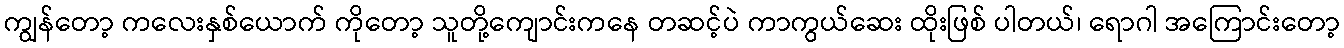
ကျွန်တော့ ကလေးနှစ်ယောက် ကိုတော့ သူတို့ကျောင်းကနေ တဆင့်ပဲ ကာကွယ်ဆေး ထိုးဖြစ် ပါတယ်၊ ရောဂါ အကြောင်းတော့